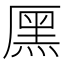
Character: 𠪩